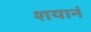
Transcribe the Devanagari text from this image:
शयानं